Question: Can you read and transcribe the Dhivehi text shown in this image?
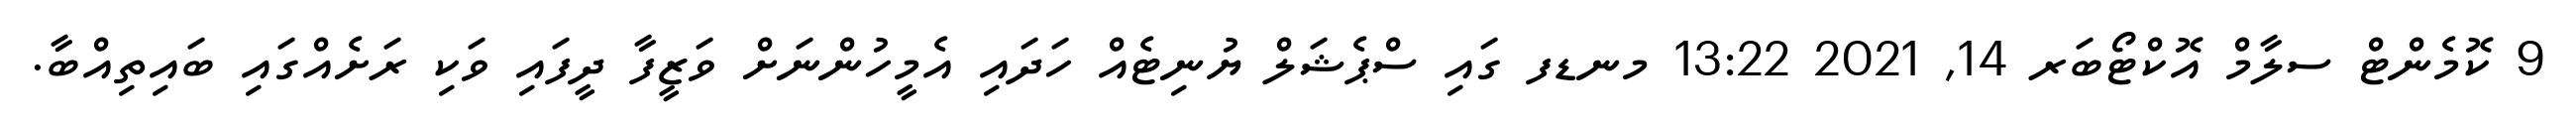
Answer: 9 ކޮމެންޓް ސލާމް އޮކްޓޯބަރ 14, 2021 13:22 މނޑފ ގައި ސްޕެޝަލް ޔުނިޓެއް ހަދައި އެމީހުންނަށް ވަޒީފާ ދީފައި ވަކި ރަށެއްގައި ބައިތިއްބާ.